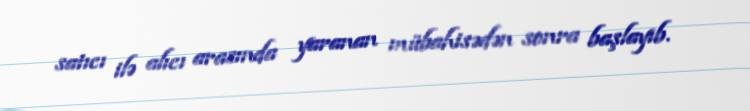
satıcı ilə alıcı arasında yaranan mübahisədən sonra başlayıb.